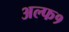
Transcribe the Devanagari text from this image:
अल्फ१